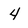
Character: 4